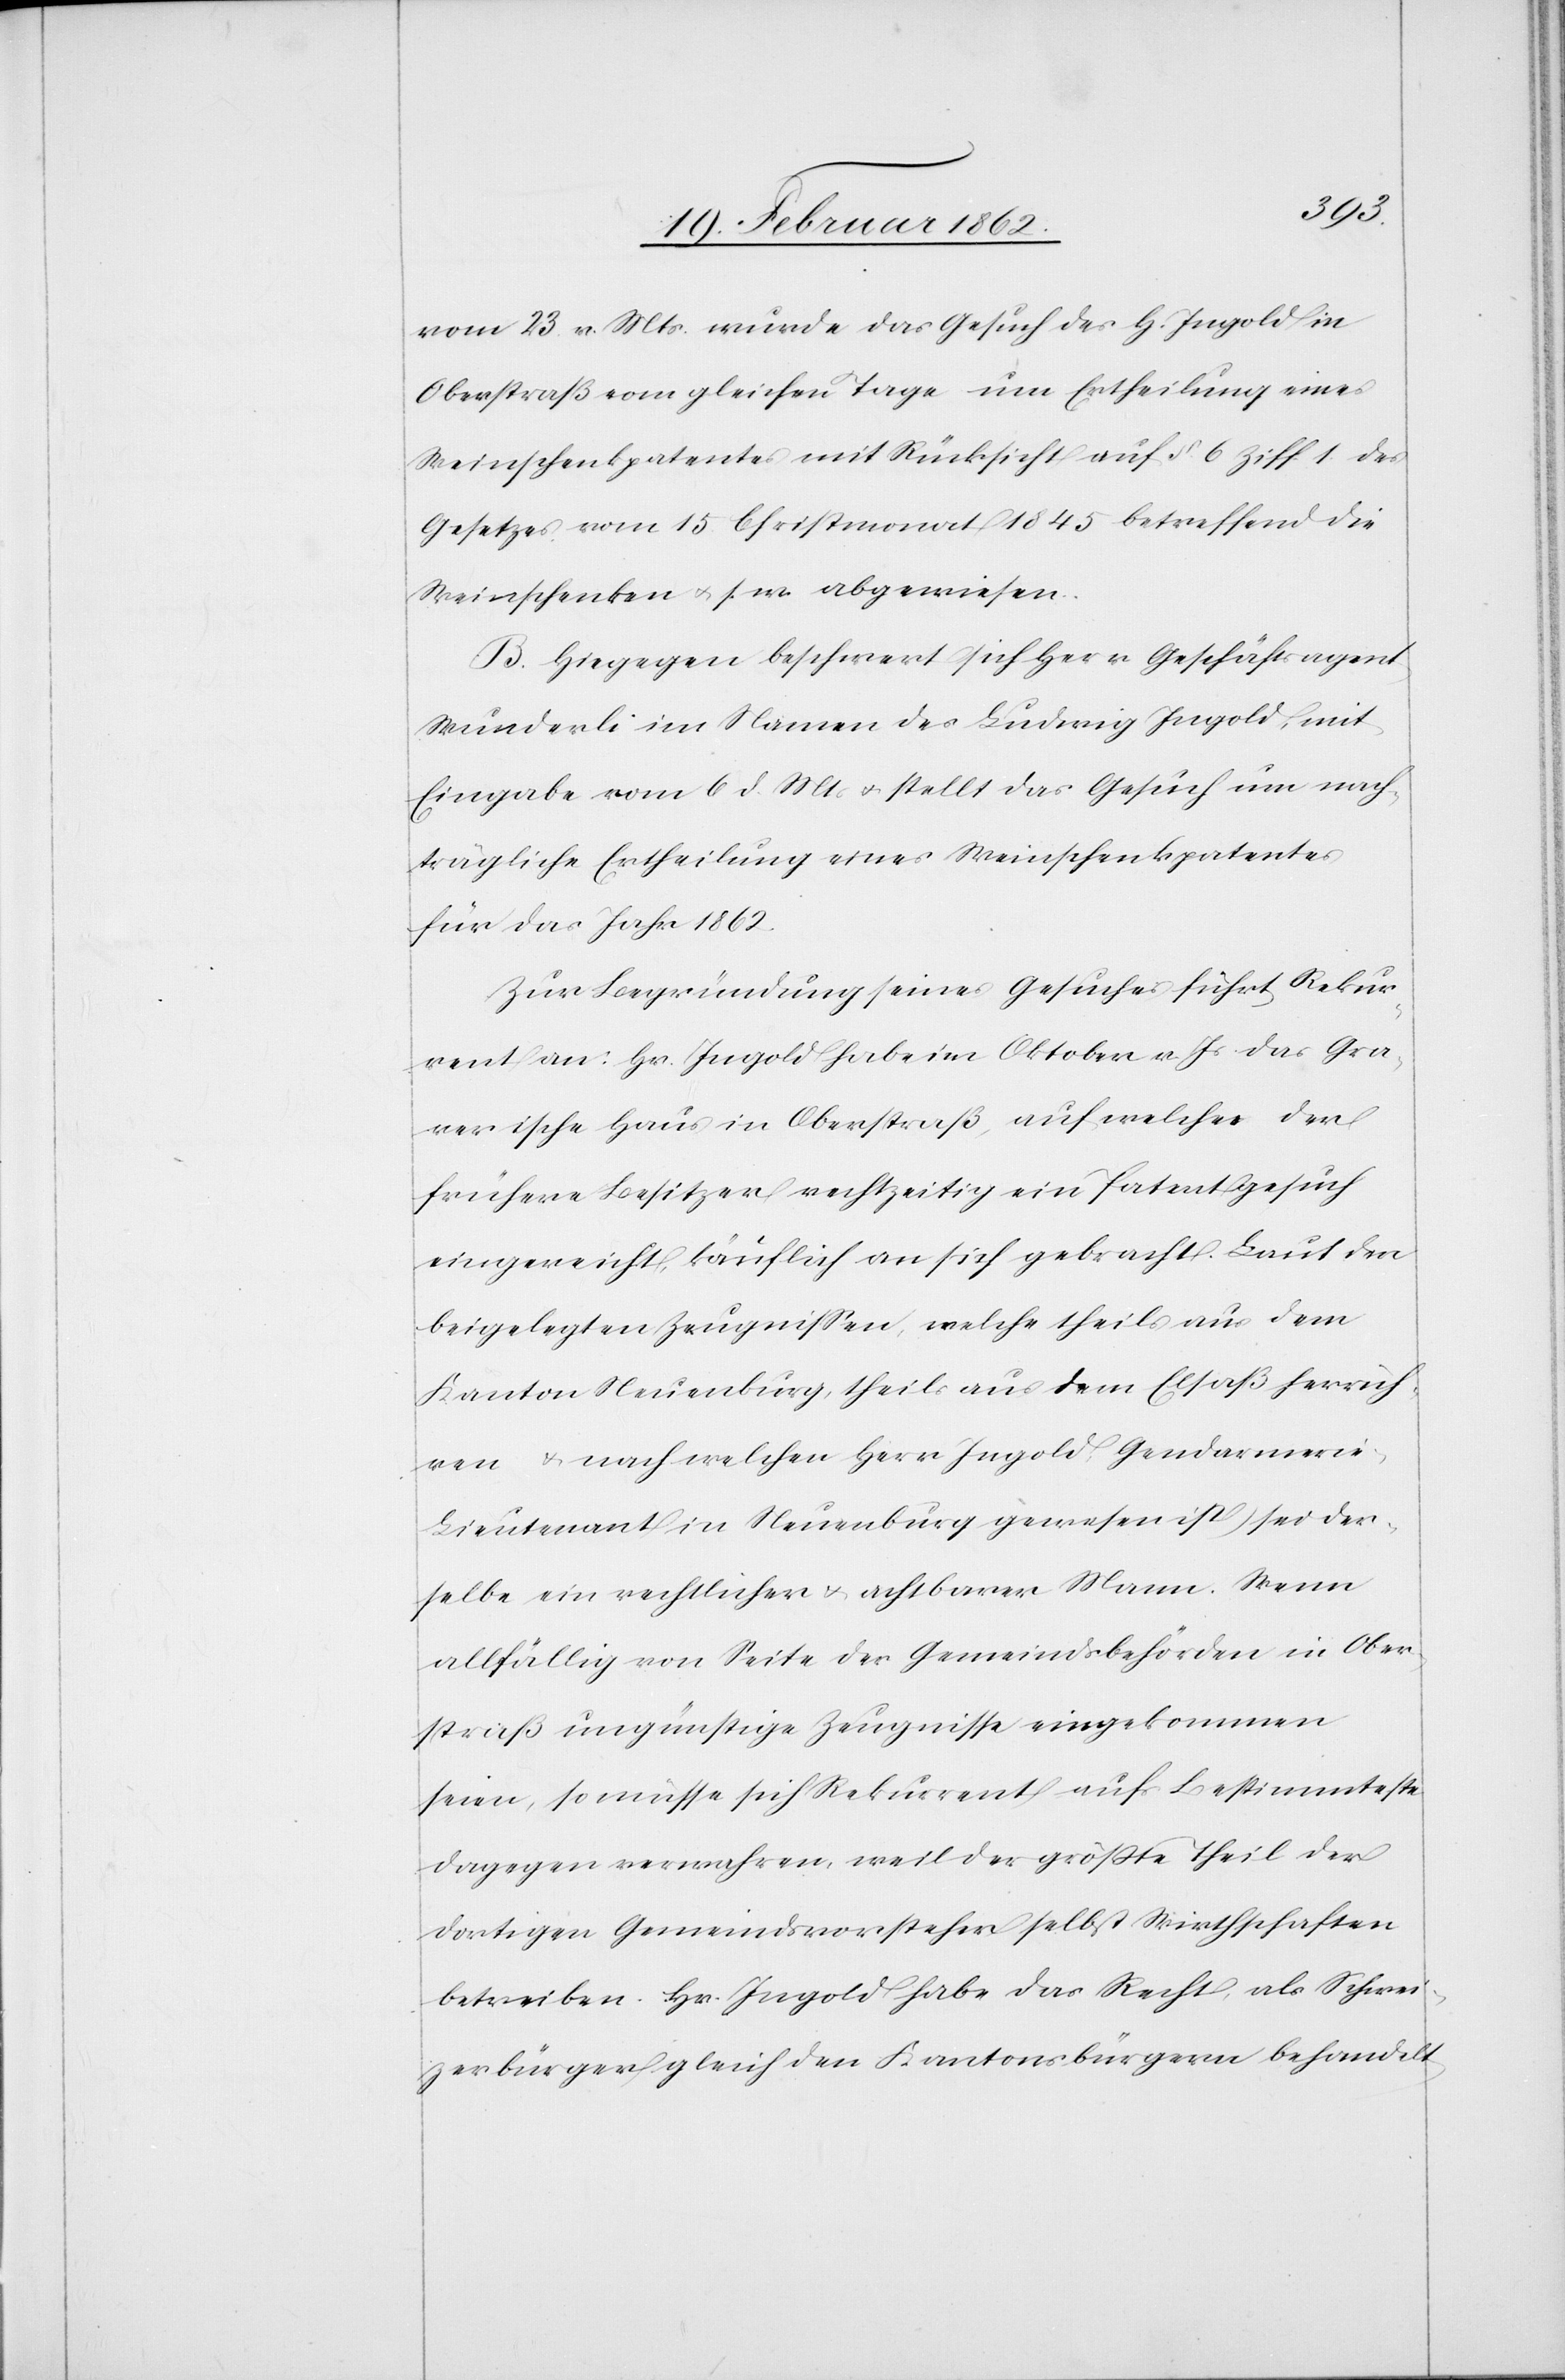
vom 23 v. Mts. wurde das Gesuch des H. Ingold in
Oberstraß vom gleichen Tage um Ertheilung eines
Weinschenkpatentes mit Rücksicht auf §. 6 Ziff. 1 des
Gesetzes vom 15 Christmonat 1845 betreffend die
Weinschenken u. s. w. abgewiesen.
B. Hiegegen beschwert sich Herr Geschäftsagent
Wunderli im Namen des Ludwig Ingold, mit
Eingabe vom 6 d. Mts u. stellt das Gesuch um nach¬
trägliche Ertheilung eines Weinschenkpatentes
für das Jahr 1862.
Zu Begründung seines Gesuches führt Rekur¬
rent an: Hr. Ingold habe im Oktober v. Js. das Gra¬
verische Haus in Oberstraß, auf welches der
frühere Besitzer rechtzeitig ein Patentgesuch
eingereicht, käuflich an sich gebracht. Laut den
beigelegten Zeugnißen, welche theils aus dem
Kanton Neuenburg, theils aus dem Elsaß herrüh¬
ren u. nach welchen Herr Ingold Gendarmerie-L¬
ieutenant in Neuenburg gewesen ist, sei der¬
selbe ein rechtlicher u. achtbarer Mann. Wenn
allfällig von Seite der Gemeindsbehörden in Ober¬
straß ungünstige Zeugnisse eingekommen
seien, so müsse sich Rekurrent aufs Bestimmteste
dagegen verwahren, weil der größte Theil der
dortigen Gemeindsvorsteher selbst Wirthschaften
betreiben. Hr. Ingold habe das Recht, als Schwei¬
zerbürger gleich den Kantonsbürgern behandelt